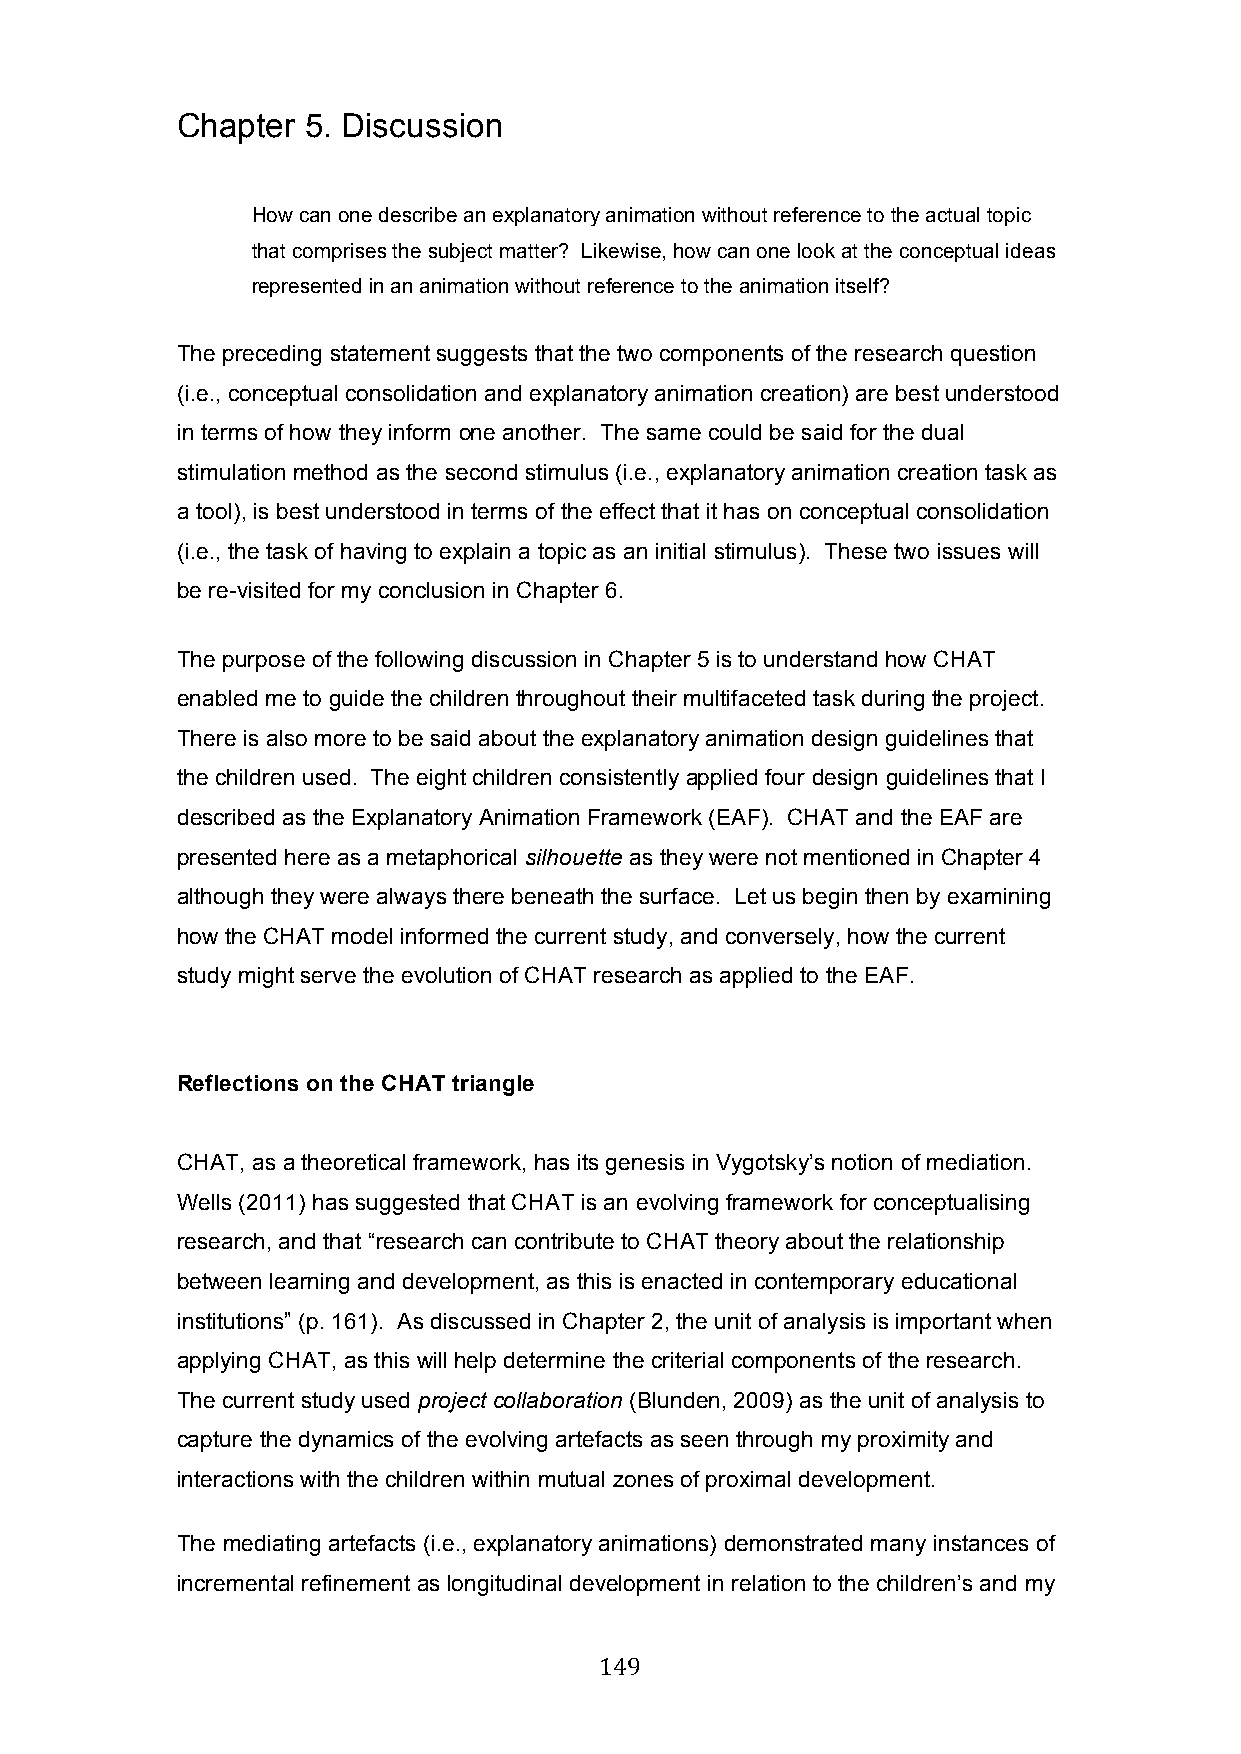
Chapter 5. Discussion
 How can one describe an explanatory animation without reference to the actual topic
 that comprises the subject matter? Likewise, how can one look at the conceptual ideas
 represented in an animation without reference to the animation itself?
 The preceding statement suggests that the two components of the research question
 (i.e., conceptual consolidation and explanatory animation creation) are best understood
 in terms of how they inform one another. The same could be said for the dual
 stimulation method as the second stimulus (i.e., explanatory animation creation task as
 a tool), is best understood in terms of the effect that it has on conceptual consolidation
 (i.e., the task of having to explain a topic as an initial stimulus). These two issues will
 be re-visited for my conclusion in Chapter 6.
 The purpose of the following discussion in Chapter 5 is to understand how CHAT
 enabled me to guide the children throughout their multifaceted task during the project.
 There is also more to be said about the explanatory animation design guidelines that
 the children used. The eight children consistently applied four design guidelines that I
 described as the Explanatory Animation Framework (EAF). CHAT and the EAF are
 presented here as a metaphorical silhouette as they were not mentioned in Chapter 4
 although they were always there beneath the surface. Let us begin then by examining
 how the CHAT model informed the current study, and conversely, how the current
 study might serve the evolution of CHAT research as applied to the EAF.
 Reflections on the CHAT triangle
 CHAT, as a theoretical framework, has its genesis in Vygotsky’s notion of mediation.
 Wells (2011) has suggested that CHAT is an evolving framework for conceptualising
 research, and that “research can contribute to CHAT theory about the relationship
 between learning and development, as this is enacted in contemporary educational
 institutions” (p. 161). As discussed in Chapter 2, the unit of analysis is important when
 applying CHAT, as this will help determine the criterial components of the research.
 The current study used project collaboration (Blunden, 2009) as the unit of analysis to
 capture the dynamics of the evolving artefacts as seen through my proximity and
 interactions with the children within mutual zones of proximal development.
 The mediating artefacts (i.e., explanatory animations) demonstrated many instances of
 incremental refinement as longitudinal development in relation to the children’s and my
 149